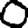
Digit: 0